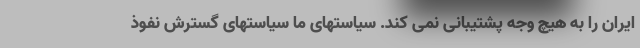
ایران را به هیچ وجه پشتیبانی نمی کند. سیاستهای ما سیاستهای گسترش نفوذ